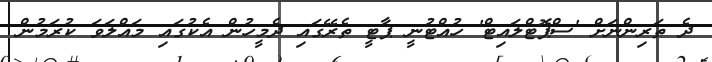
ދެ ތަރިންނަށް 'ސްޕޮޓްލައިޓް' ހުއްޓުނީ ޕާޓީ ތެރޭގައި ދެމީހުން އެކުގައި މައްލަވަ ކުރަމުން